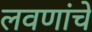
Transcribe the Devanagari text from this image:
लवणांचे